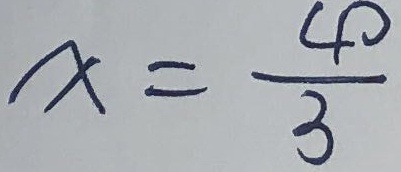
x = \frac { 4 0 } { 3 }